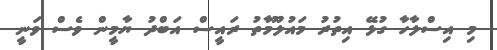
މި އިސްލާހާ ގުޅޭ އިތުރު މައުލޫމާތު ރައީސް އަބްދު ޔާމީން ވެސް ވަނީ